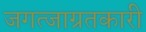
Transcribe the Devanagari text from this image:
जगत्जाग्रतकारी